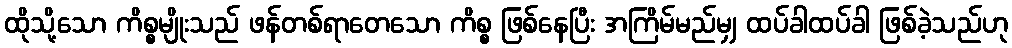
ထိုသို့သော ကိစ္စမျိုးသည် ဖန်တစ်ရာတေသော ကိစ္စ ဖြစ်နေပြီး အကြိမ်မည်မျှ ထပ်ခါထပ်ခါ ဖြစ်ခဲ့သည်ဟု